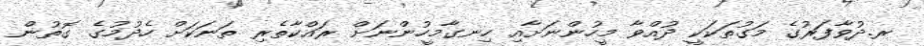
ރ.ދުވާފަރުގެ މަގުތަކަކީ ދުއްވާ މީހުންނަށާއި ހިނގާމީހުންނަށް ރައްކާތެރި ތަނަކަށް ހެދުމުގެ ގޮތުން